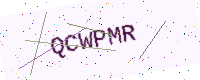
Text: QCWPMR